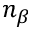
n _ { \beta }